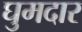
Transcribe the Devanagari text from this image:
घुमदार